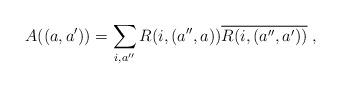
LaTeX: \begin{align*}A((a,a'))=\sum_{i,a''} R(i,(a'',a)) \overline{R(i,(a'',a'))}\;,\end{align*}